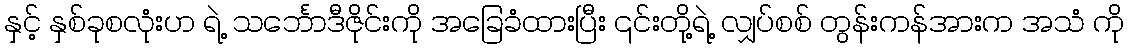
နှင့် နှစ်ခုစလုံးဟ ရဲ့ သင်္ဘောဒီဇိုင်းကို အခြေခံထားပြီး ၎င်းတို့ရဲ့ လျှပ်စစ် တွန်းကန်အားက အသံ ကို